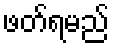
ဖတ်ရမည်